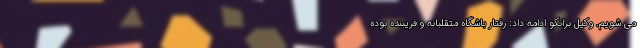
می شویم. وکیل برانکو ادامه داد: رفتار باشگاه متقلبانه و فریبنده بوده